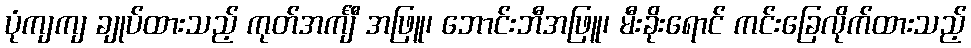
ပုံကျကျ ချုပ်ထားသည့် ကုတ်အင်္ကျီ အဖြူ၊ ဘောင်းဘီအဖြူ၊ မီးခိုးရောင် ကင်းခြေလိုက်ထားသည့်